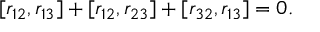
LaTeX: [ r _ { 1 2 } , r _ { 1 3 } ] + [ r _ { 1 2 } , r _ { 2 3 } ] + [ r _ { 3 2 } , r _ { 1 3 } ] = 0 .